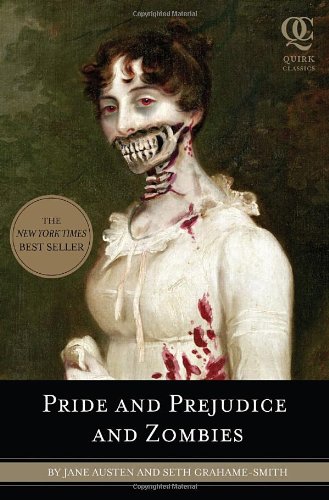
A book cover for Pride and Prejudice and Zombies: The Classic Regency Romance - Now with Ultraviolent Zombie Mayhem!; Jane Austen; Romance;